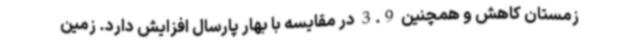
زمستان کاهش و همچنین 3.9 در مقایسه با بهار پارسال افزایش دارد. زمین